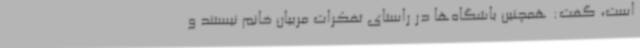
است، گفت: همچنین باشگاه‌ها در راستای تفکرات مربیان خانم‌ نیستند و